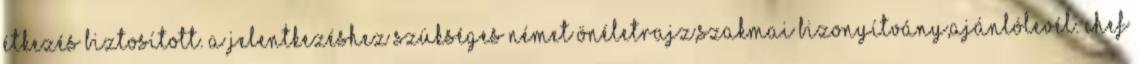
étkezés biztosított. A jelentkezéshez szükséges német önéletrajz,szakmai bizonyítvány,ajánlólevél. Chef